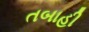
તબાહી